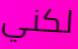
لكني